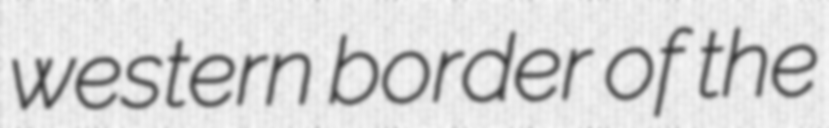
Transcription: western border of the